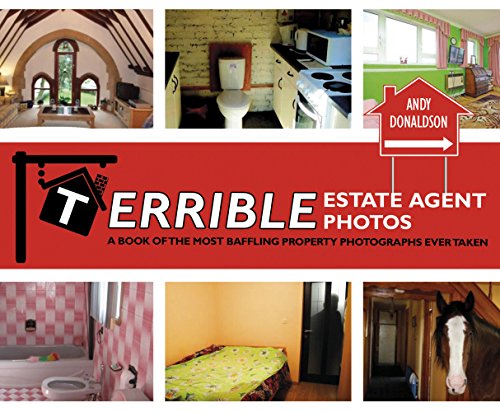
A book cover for Terrible Estate Agent Photos: A Book of the Most Baffling Property Photographs Ever Taken; Andy Donaldson; Humor & Entertainment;